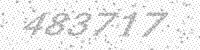
Solution: 483717